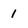
Character: 1